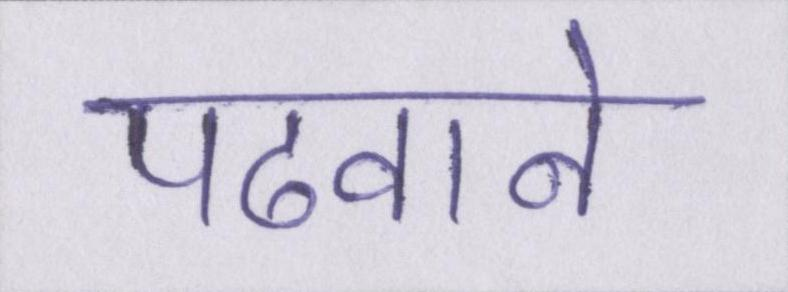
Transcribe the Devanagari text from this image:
पढवाने